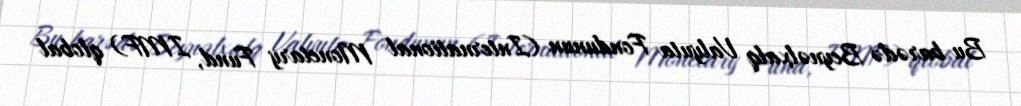
Bu barədə Beynəlxalq Valyuta Fondunun (International Monetary Fund, IMF) qlobal